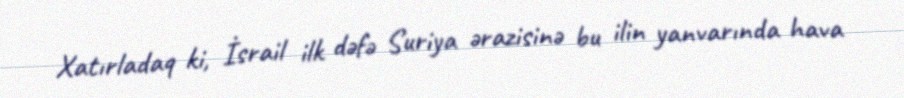
Xatırladaq ki, İsrail ilk dəfə Suriya ərazisinə bu ilin yanvarında hava